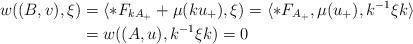
LaTeX: \begin{align*} w((B,v), \xi) &= \langle *F_{k A_+} + \mu(k u_+), \xi ) = \langle *F_{A_+}, \mu(u_+), k^{-1}\xi k \rangle \\ &= w((A,u), k^{-1}\xi k) = 0\end{align*}